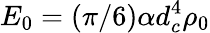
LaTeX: E_{0}=(\pi/6)\alpha d_{c}^{4}\rho_{0}